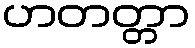
ဟတတ္တာ